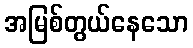
အမြစ်တွယ်နေသော